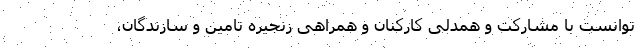
توانست با مشارکت و همدلی کارکنان و همراهی زنجیره تامین و سازندگان،